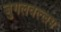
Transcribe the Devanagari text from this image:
जुगलवल्लभ